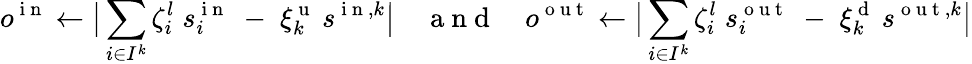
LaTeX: o^{\mathrm{~i~n~}}\gets\big\lvert\sum_{i\in I^{k}}\zeta_{i}^{l}\; s_{i}^{\mathrm{~i~n~}}\; -\; \xi_{k}^{\mathrm{~u~}}\: s^{\mathrm{~i~n~},k}\big\rvert\quad\mathrm{~a~n~d~}\quad o^{\mathrm{~o~u~t~}}\gets\big\lvert\sum_{i\in I^{k}}\zeta_{i}^{l}\; s_{i}^{\mathrm{~o~u~t~}}\; -\; \xi_{k}^{\mathrm{~d~}}\: s^{\mathrm{~o~u~t~},k}\big\rvert